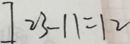
] 2 3 - 1 1 = 1 2